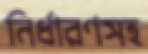
নির্ধারণসহ